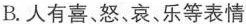
B.人有喜、怒、哀、乐等表情